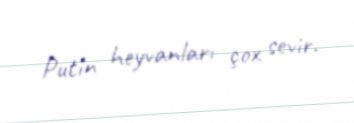
Putin heyvanları çox sevir.